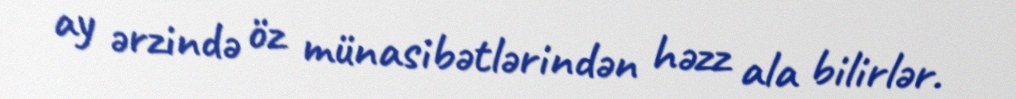
ay ərzində öz münasibətlərindən həzz ala bilirlər.